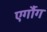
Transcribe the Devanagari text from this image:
एर्गौग